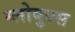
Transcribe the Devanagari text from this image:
ग्लोबुल्स